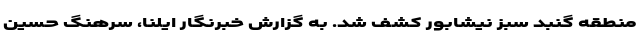
منطقه گنبد سبز نیشابور کشف شد. به گزارش خبرنگار ایلنا، سرهنگ حسین